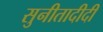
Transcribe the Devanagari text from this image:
सुनीतादीदी